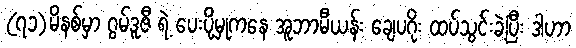
(၇၁)မိနစ်မှာ ဂွမ်ဒူဇီ ရဲ့ ပေးပို့မှုကနေ အူဘာမီယန်း ချေပဂိုး ထပ်သွင်းခဲ့ပြီး ဒါဟာ